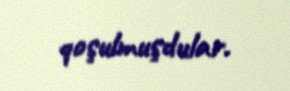
qoşulmuşdular.